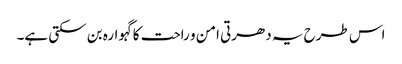
اس طرح یہ دھرتی امن و راحت کا گہوارہ بن سکتی ہے۔